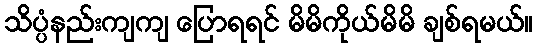
သိပ္ပံနည်းကျကျ ပြောရရင် မိမိကိုယ်မိမိ ချစ်ရမယ်။